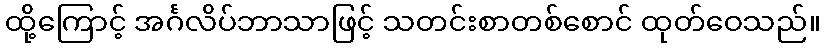
ထို့ကြောင့် အင်္ဂလိပ်ဘာသာဖြင့် သတင်းစာတစ်စောင် ထုတ်ဝေသည်။